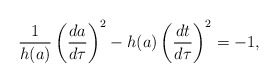
\begin{align*}{1\over{h(a)}}\left({{da}\over{d\tau}}\right)^2-h(a)\left({{dt}\over{d\tau}}\right)^2=-1,\end{align*}